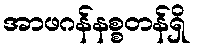
အာဖဂန်နစ္စတန်ရှိ